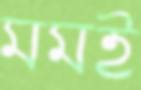
মমই